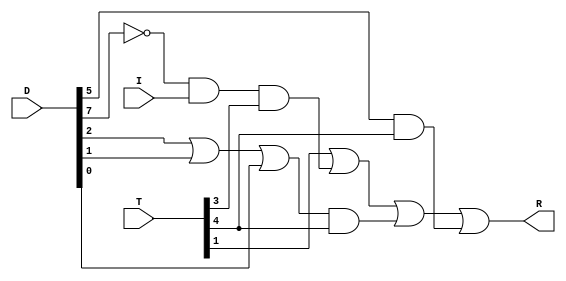
module MEM_Control( 
 input  I, 
 input [7:0] T, D, 
 output wire R 
); 
assign R = (T[1]) | (~D[7] & I & T[3]) | ((D[2] | D[1] | D[0]) & T[4]) | (D[5] & T[4]);  
endmodule